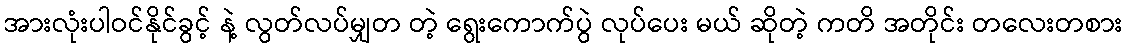
အားလုံးပါဝင်နိုင်ခွင့် နဲ့ လွတ်လပ်မျှတ တဲ့ ရွေးကောက်ပွဲ လုပ်ပေး မယ် ဆိုတဲ့ ကတိ အတိုင်း တလေးတစား